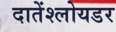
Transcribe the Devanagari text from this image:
दातेंश्लोयडर